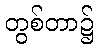
တွစ်တာ၌